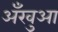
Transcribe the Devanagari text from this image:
अँखुआ